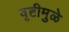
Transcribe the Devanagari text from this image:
वृष्टीमुळे